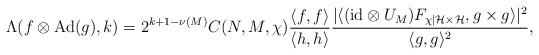
LaTeX: \begin{align*} \Lambda(f \otimes \mathrm{Ad}(g),k) = 2^{k+1-\nu(M)} C(N,M,\chi) \frac{\langle f,f\rangle}{\langle h,h\rangle} \frac{|\langle (\mathrm{id}\otimes U_M) F_{\chi |\mathcal H \times \mathcal H}, g \times g\rangle|^2}{\langle g,g\rangle^2}, \end{align*}